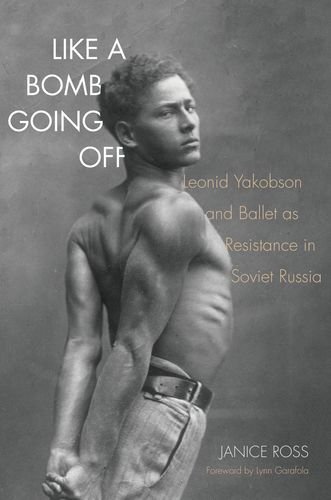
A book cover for Like a Bomb Going Off: Leonid Yakobson and Ballet as Resistance in Soviet Russia; Janice Ross; Biographies & Memoirs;